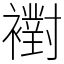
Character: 襨